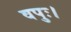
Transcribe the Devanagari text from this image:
वपुः।